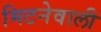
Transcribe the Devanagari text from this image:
मिटनेवाली